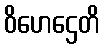
ဝိဟေဌေတိ